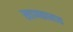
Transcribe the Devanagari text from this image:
खाणकामात